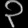
Digit: ၃